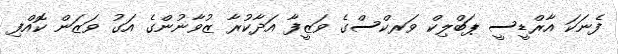
ފެނަކަ އާރްޑީސީ ޕަބްލިކް ވަރކްސްގެ ވަޒީފާ އަދާކުރާ ޒުވާނުންގެ އަގު ވަޒަން ކޮއްފި